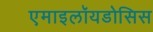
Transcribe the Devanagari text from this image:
एमाइलॉयडोसिस